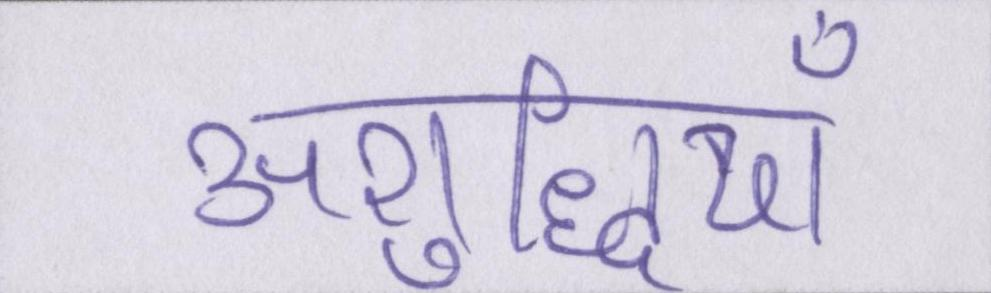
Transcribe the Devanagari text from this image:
अशुद्धियाँ